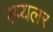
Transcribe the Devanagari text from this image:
स्प्यलर